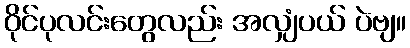
ဝိုင်ပုလင်းတွေလည်း အလျှံပယ် ပဲဗျ။